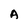
Character: A